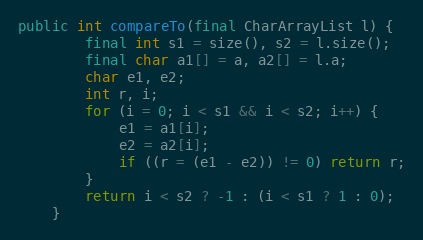
Language: Java
public int compareTo(final CharArrayList l) {
        final int s1 = size(), s2 = l.size();
        final char a1[] = a, a2[] = l.a;
        char e1, e2;
        int r, i;
        for (i = 0; i < s1 && i < s2; i++) {
            e1 = a1[i];
            e2 = a2[i];
            if ((r = (e1 - e2)) != 0) return r;
        }
        return i < s2 ? -1 : (i < s1 ? 1 : 0);
    }